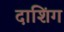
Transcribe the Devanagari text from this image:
दाशिंग